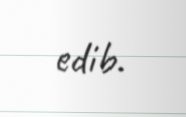
edib.